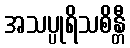
အသပ္ပုရိသစိန္တီ